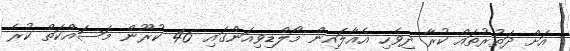
އަށް ދަތުރުތައް ކުރާ ދިވެހި އެއާލައިން މޯލްޑިވިއަންގައި 46 ކުރޫން މަސައްކަތް ކުރެ